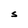
Character: S